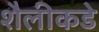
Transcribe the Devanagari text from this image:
शैलीकडे